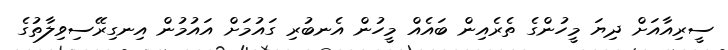
ސީރިއާއަށް ދިޔަ މީހުންގެ ތެރެއިން ބައެއް މީހުން އެނބުރި ގައުމަށް އައުމުން އިނގިރޭސިވިލާތުގެ